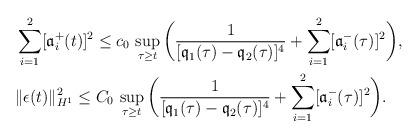
LaTeX: \begin{align*}&\sum_{i=1}^2[\mathfrak{a}_i^+(t)]^2\leq c_0\,\sup_{\tau\geq t}\bigg(\frac{1}{[\mathfrak{q}_1(\tau)-\mathfrak{q}_2(\tau)]^4}+\sum_{i=1}^2[\mathfrak{a}_i^-(\tau)]^2\bigg),\\&\|\epsilon(t)\|_{H^1}^2\leq C_0\,\sup_{\tau\geq t}\bigg(\frac{1}{[\mathfrak{q}_1(\tau)-\mathfrak{q}_2(\tau)]^4}+\sum_{i=1}^2[\mathfrak{a}_i^-(\tau)]^2\bigg).\end{align*}